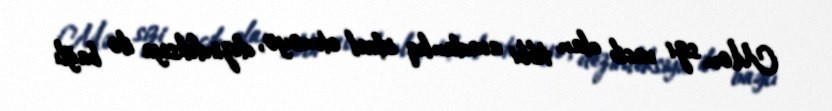
Mən sizi vacib olan tibbi avadanlıq idxal etməyə, dezinfeksiya ilə bağlı